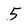
Character: 5